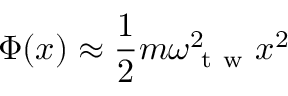
\Phi ( x ) \approx \frac { 1 } { 2 } m \omega _ { \mathrm { ~ t ~ w ~ } } ^ { 2 } x ^ { 2 }